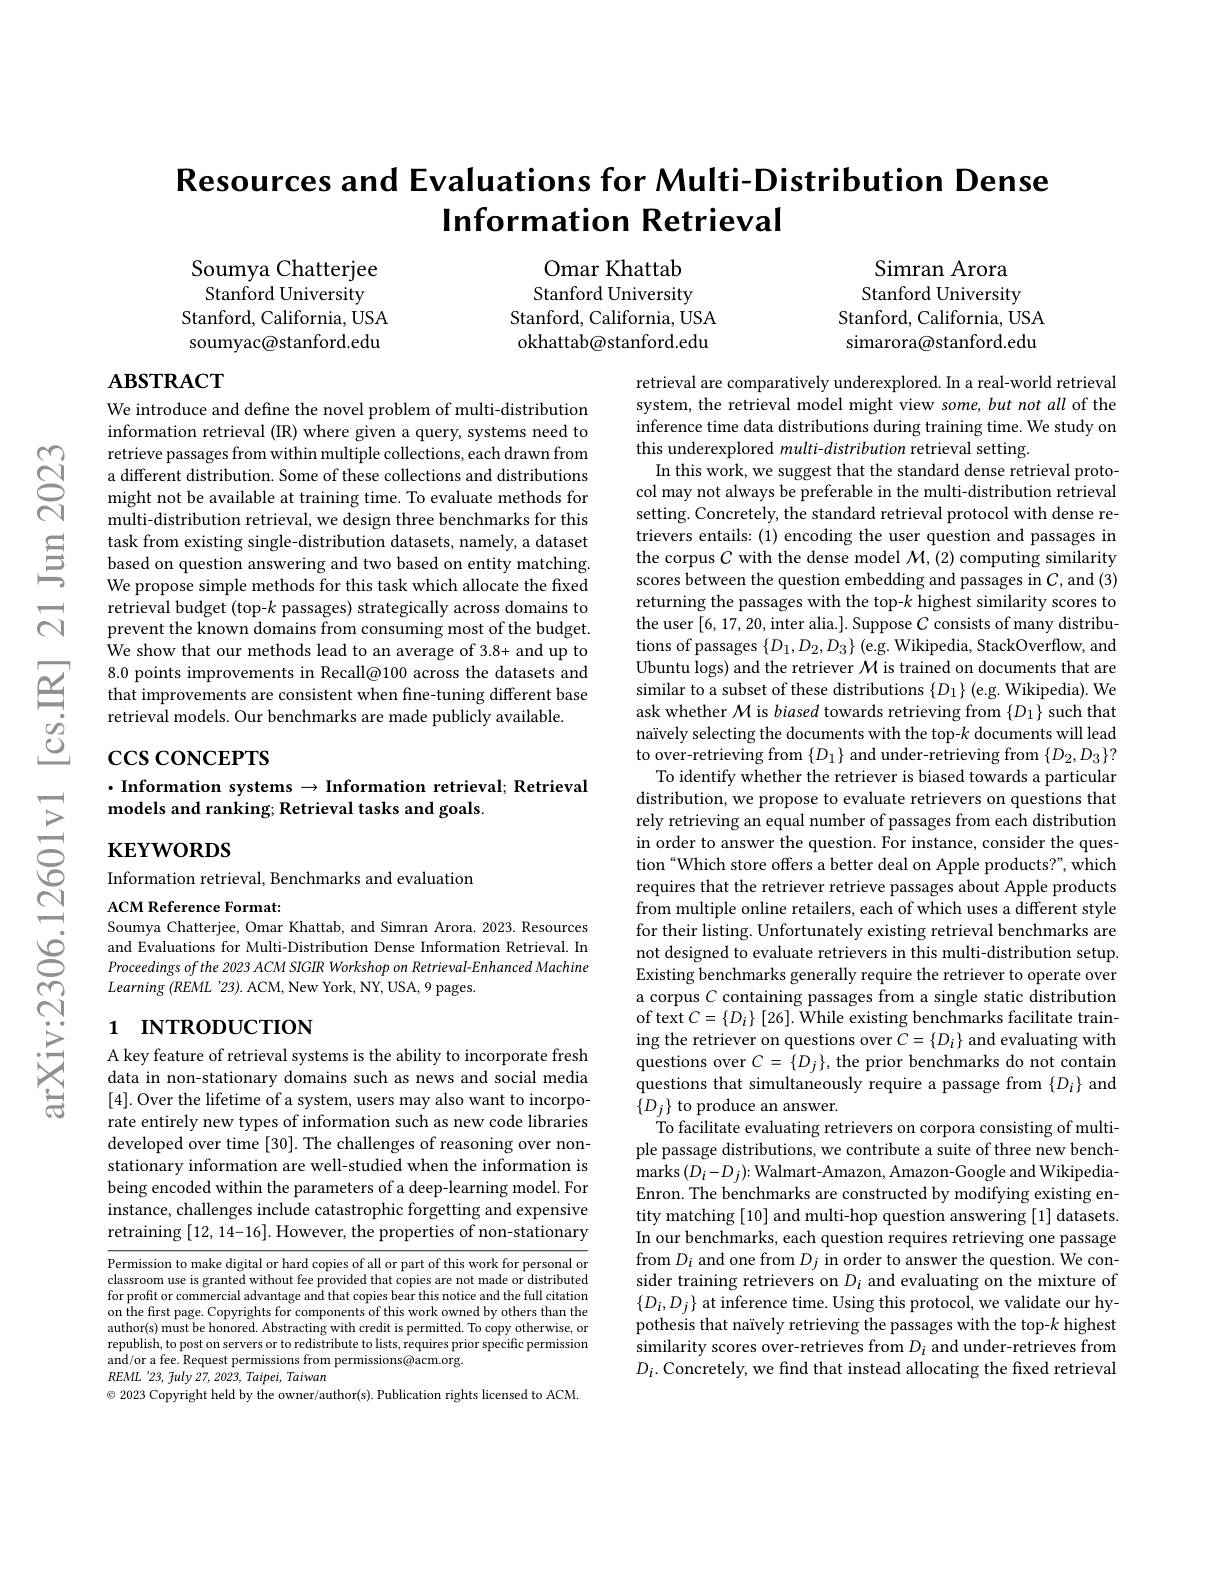
# Resources and Evaluations for Multi-Distribution Dense Information Retrieval

Soumya Chatterjee Stanford University
Stanford, California, USA soumyac@stanford.edu

Omar Khattab Stanford University
Stanford, California, USA okhattab@stanford.edu

Simran Arora Stanford University
Stanford, California, USA simarora@stanford.edu

# $\mathbf{ABSTRACT}$

We introduce and define the novel problem of multi-distribution information retrieval (IR) where given a query, systems need to retrieve passages from within multiple collections, each drawn from a different distribution. Some of these collections and distributions might not be available at training time. To evaluate methods for multi-distribution retrieval, we design three benchmarks for this task from existing single-distribution datasets, namely, a dataset based on question answering and two based on entity matching. We propose simple methods for this task which allocate the fixed retrieval budget (top-$k$ passages) strategically across domains to prevent the known domains from consuming most of the budget. $\dot{\text{We show that our methods lead to an average of 3.8+ and up to}}$ 8.0 points improvements in Recall@100 across the datasets and that improvements are consistent when fine-tuning different base retrieval models. Our benchmarks are made publicly available.

$\csc\csc$coNCEPTS

## $\cdot$ Information systems $\to$ Information retrieval; Retrieval models and ranking; Retrieval tasks and goals

$\mathbf{KEYWORDS}$

Information retrieval, Benchmarks and evaluation

retrieval are comparatively underexplored. In a real-world retrieval system, the retrieval model might view some, but not all of the inference time data distributions during training time. We study on this underexplored multi-distribution retrieval setting.
In this work, we suggest that the standard dense retrieval protocol may not always be preferable in the multi-distribution retrieval setting. Concretely, the standard retrieval protocol with dense retrievers entails: (1) encoding the user question and passages in the corpus $C$ with the dense model $\mathcal{M},(2)$ computing similarity scores between the question embedding and passages in $C$, and (3) returning the passages with the top-$k$ highest similarity scores to the user [6,17,20,inter alia.]. Suppose $C$ consists of many distributions of passages $\{D_1,D_2,D_3\}$ (e.g. Wikipedia, StackOverflow, and Ubuntu logs) and the retriever $\mathcal{M}$ is trained on documents that are similar to a subset of these distributions $\{D_1\}$ (e.g. Wikipedia). We ask whether $\mathcal{M}$ is biased towards retrieving from $\{D_1\}$ such that naïvely selecting the documents with the top-$k$ documents will lead to over-retrieving from $\{D_1\}$ and under-retrieving from $\{D_2,D_3\}?$
To identify whether the retriever is biased towards a particular distribution, we propose to evaluate retrievers on questions that rely retrieving an equal number of passages from each distribution in order to answer the question. For instance, consider the question “Which store offers a better deal on Apple products?”, which requires that the retriever retrieve passages about Apple products from multiple online retailers, each of which uses a different style $\hat{\text{for their listing. Unfortunately existing retrieval benchmarks are}}$ not designed to evaluate retrievers in this multi-distribution setup. Existing benchmarks generally require the retriever to operate over a corpus $C$ containing passages from a single static distribution of text $C=\{D_{i}\}$ [26]. While existing benchmarks facilitate training the retriever on questions over $C=\{D_i\}$ and evaluating with questions over $C=\{D_j\}$, the prior benchmarks do not contain questions that simultaneously require a passage from $\{D_i\}$ and $\{D_j\}$ to produce an answer.
To facilitate evaluating retrievers on corpora consisting of multiple passage distributions, we contribute a suite of three new bench- $\operatorname*{marks}(D_{i}-D_{j}){:}$Walmart-Amazon, Amazon-Google and WikipediaEnron. The benchmarks are constructed by modifying existing entity matching [10] and multi-hop question answering [1] datasets. In our benchmarks, each question requires retrieving one passage from $D_i$ and one from $D_j$ in order to answer the question. We consider training retrievers on $D_i$ and evaluating on the mixture of $\{D_i,D_j\}$ at inference time. Using this protocol, we validate our hypothesis that naïvely retrieving the passages with the top-k highest similarity scores over-retrieves from $D_i$ and under-retrieves from $D_i.$ Concretely, we find that instead allocating the fixed retrieval

ACM Reference Format:
Soumya Chatterjee, Omar Khattab, and Simran Arora. 2023. Resources and Evaluations for Multi-Distribution Dense Information Retrieval. In Proceedings of the 2023 ACM SIGIR Workshop on Retrieval-Enhanced Machine $Learning~(REML~'23).$ ACM, New York, NY, USA, 9 pages.

## 1 INTRODUCTION

A key feature of retrieval systems is the ability to incorporate fresh data in non-stationary domains such as news and social media [4]. Over the lifetime of a system, users may also want to incorporate entirely new types of information such as new code libraries developed over time [30]. The challenges of reasoning over nonstationary information are well-studied when the information is being encoded within the parameters of a deep-learning model. For instance, challenges include catastrophic forgetting and expensive retraining [12,14-16]. However, the properties of non-stationary

Permission to make digital or hard copies of all or part of this work for personal or classroom use is granted without fee provided that copies are not made or distributed for profit or commercial advantage and that copies bear this notice and the full citation on the first page. Copyrights for components of this work owned by others than the author(s) must be honored. Abstracting with credit is permitted. To copy otherwise, or republish, to post on servers or to redistribute to lists, requires prior specific permission and/or a fee. Request permissions from permissions@acm.org.
$REML$ '23, fuly 27, 2023, Taipei, Taiwan
2023 Copyright held by the owner/author(s). Publication rights licensed to ACM.